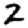
Digit: 2